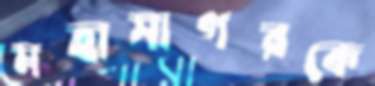
মহাসাগরকে